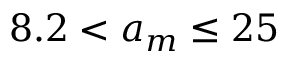
8 . 2 < a _ { m } \le 2 5